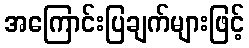
အကြောင်းပြချက်များဖြင့်